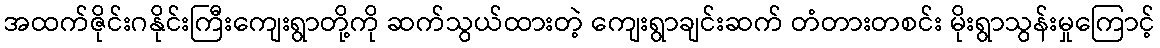
အထက်ဇိုင်းဂနိုင်းကြီးကျေးရွာတို့ကို ဆက်သွယ်ထားတဲ့ ကျေးရွာချင်းဆက် တံတားတစင်း မိုးရွာသွန်းမှုကြောင့်